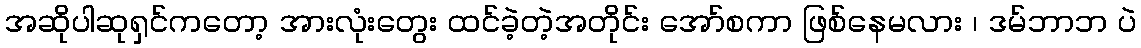
အဆိုပါဆုရှင်ကတော့ အားလုံးတွေး ထင်ခဲ့တဲ့အတိုင်း အော်စကာ ဖြစ်နေမလား ၊ ဒမ်ဘာဘ ပဲ